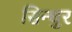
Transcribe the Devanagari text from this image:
सिन्‍धुर